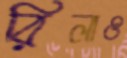
রিলাও